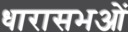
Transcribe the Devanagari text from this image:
धारासभओं